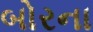
બોરના